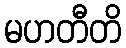
မဟတီတိ